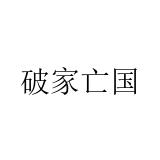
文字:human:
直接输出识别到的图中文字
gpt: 破家亡国